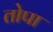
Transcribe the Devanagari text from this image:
तोपा